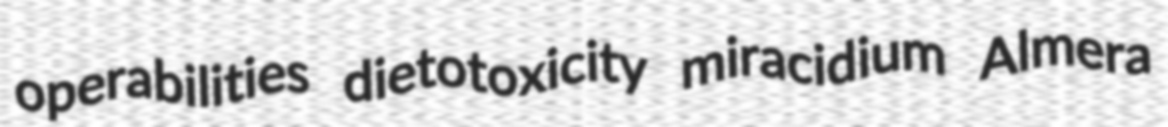
operabilities dietotoxicity miracidium Almera